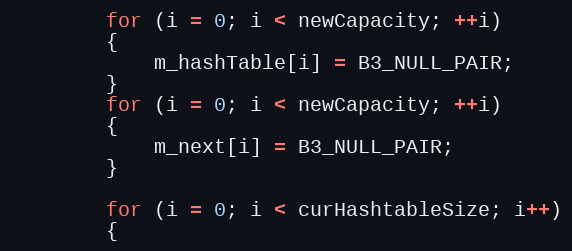
Language: C++
		for (i = 0; i < newCapacity; ++i)
		{
			m_hashTable[i] = B3_NULL_PAIR;
		}
		for (i = 0; i < newCapacity; ++i)
		{
			m_next[i] = B3_NULL_PAIR;
		}

		for (i = 0; i < curHashtableSize; i++)
		{